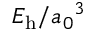
E _ { \mathrm { h } } / { a _ { 0 } } ^ { 3 }